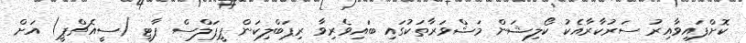
ކޮށްފައިވާއިރު ސަރުކާރާއެކު ކޯލިޝަން މަޝްވަރާތަކުގައި ބައިވެރިވާ ރިޕަބްލިކަން ޕީޕަލްސް ޕާޓީ (ސީއެޗްޕީ) އަށް